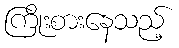
ကြိုးစားနေသည့်